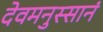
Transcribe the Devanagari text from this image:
देवमनुस्सानं